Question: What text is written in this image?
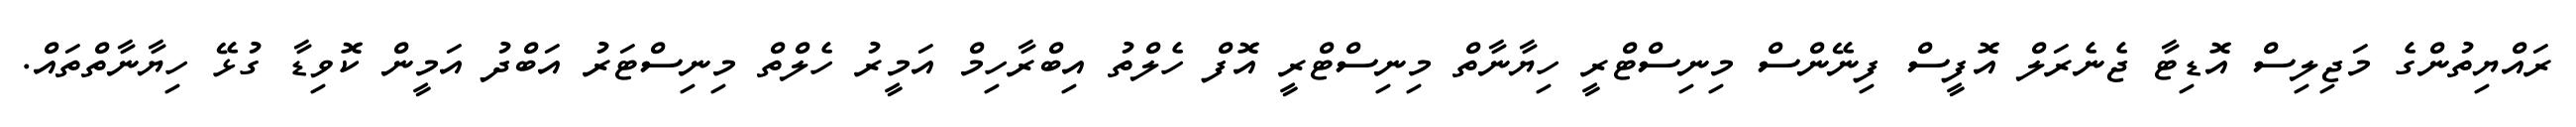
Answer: ރައްޔިތުންގެ މަޖިލިސް އޮޑިޓާ ޖެނެރަލް އޮފީސް ފިނޭންސް މިނިސްޓްރީ ހިޔާނާތް މިނިސްޓްރީ އޮފް ހެލްތު އިބްރާހިމް އަމީރު ހެލްތް މިނިސްޓަރު އަބްދު އަމީން ކޮވިޑާ ގުޅޭ ހިޔާނާތްތައް.